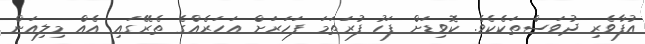
އުފާވެރި ދުވަސްތަކެކެވެ. ކޮވިޑަށް ފަހު ފުރަތަމަ ފަހަރަށް އަހަރެއްގެ ތެރޭގައި އެއް މިލިއަން